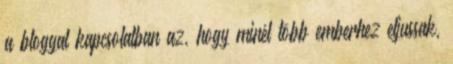
a bloggal kapcsolatban az, hogy minél több emberhez eljussak,